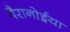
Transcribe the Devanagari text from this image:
पैरानोईया